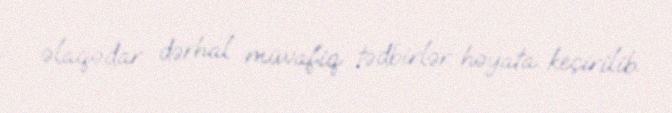
əlaqədar dərhal müvafiq tədbirlər həyata keçirilib.